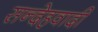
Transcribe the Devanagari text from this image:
सन्देहवादी